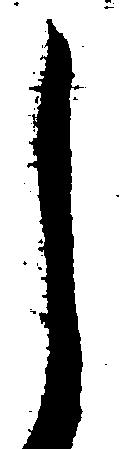
し